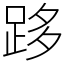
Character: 跢